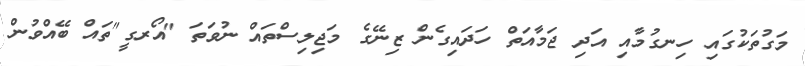
މަގުތަކުގައި ހިނގުމާއި އަދި ޖަމާއަތް ހަދައިގެން ޒިނޭގެ މަޖިލިސްތައް ނުވަތަ "އޯރގީ"ތައް ބޭއްވުން